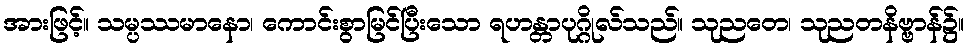
အားဖြင့်။ သမ္ပဿမာနော၊ ကောင်းစွာမြင်ပြီးသော ရဟန္တာပုဂ္ဂိုလ်သည်။ သုညတေ၊ သုညတနိဗ္ဗာန်၌။